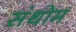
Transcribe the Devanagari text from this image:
संथोम